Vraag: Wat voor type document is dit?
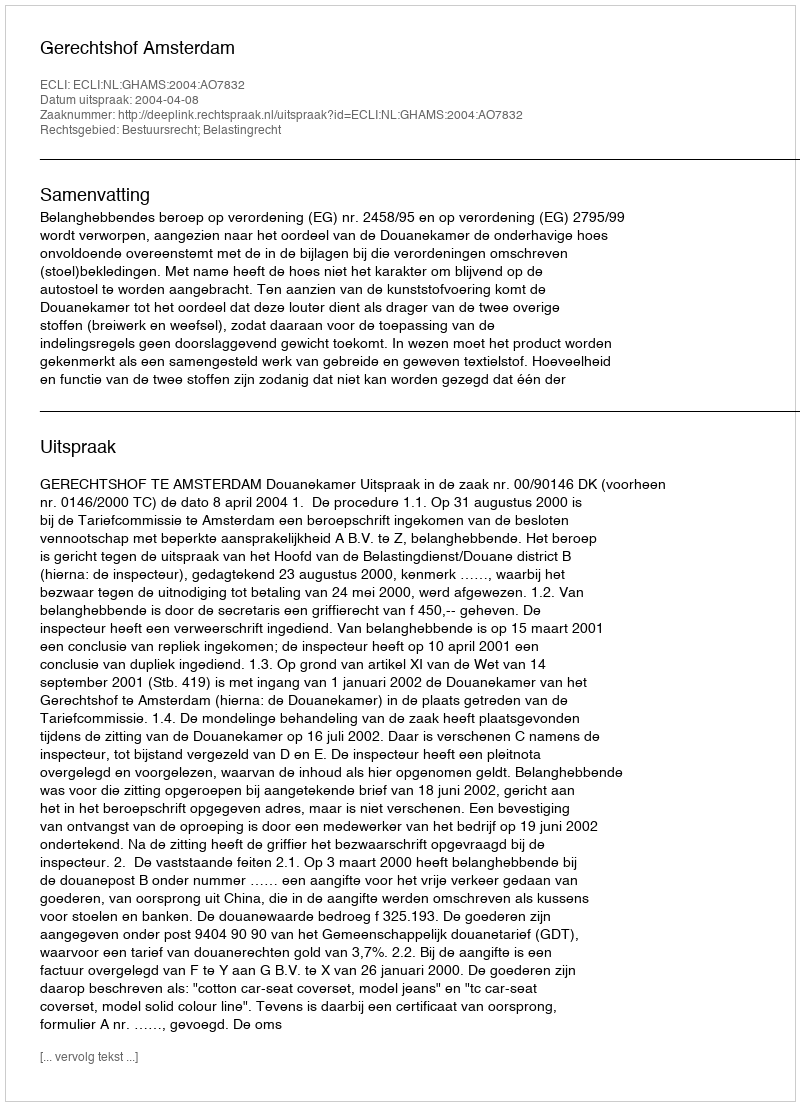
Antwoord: Uitspraak